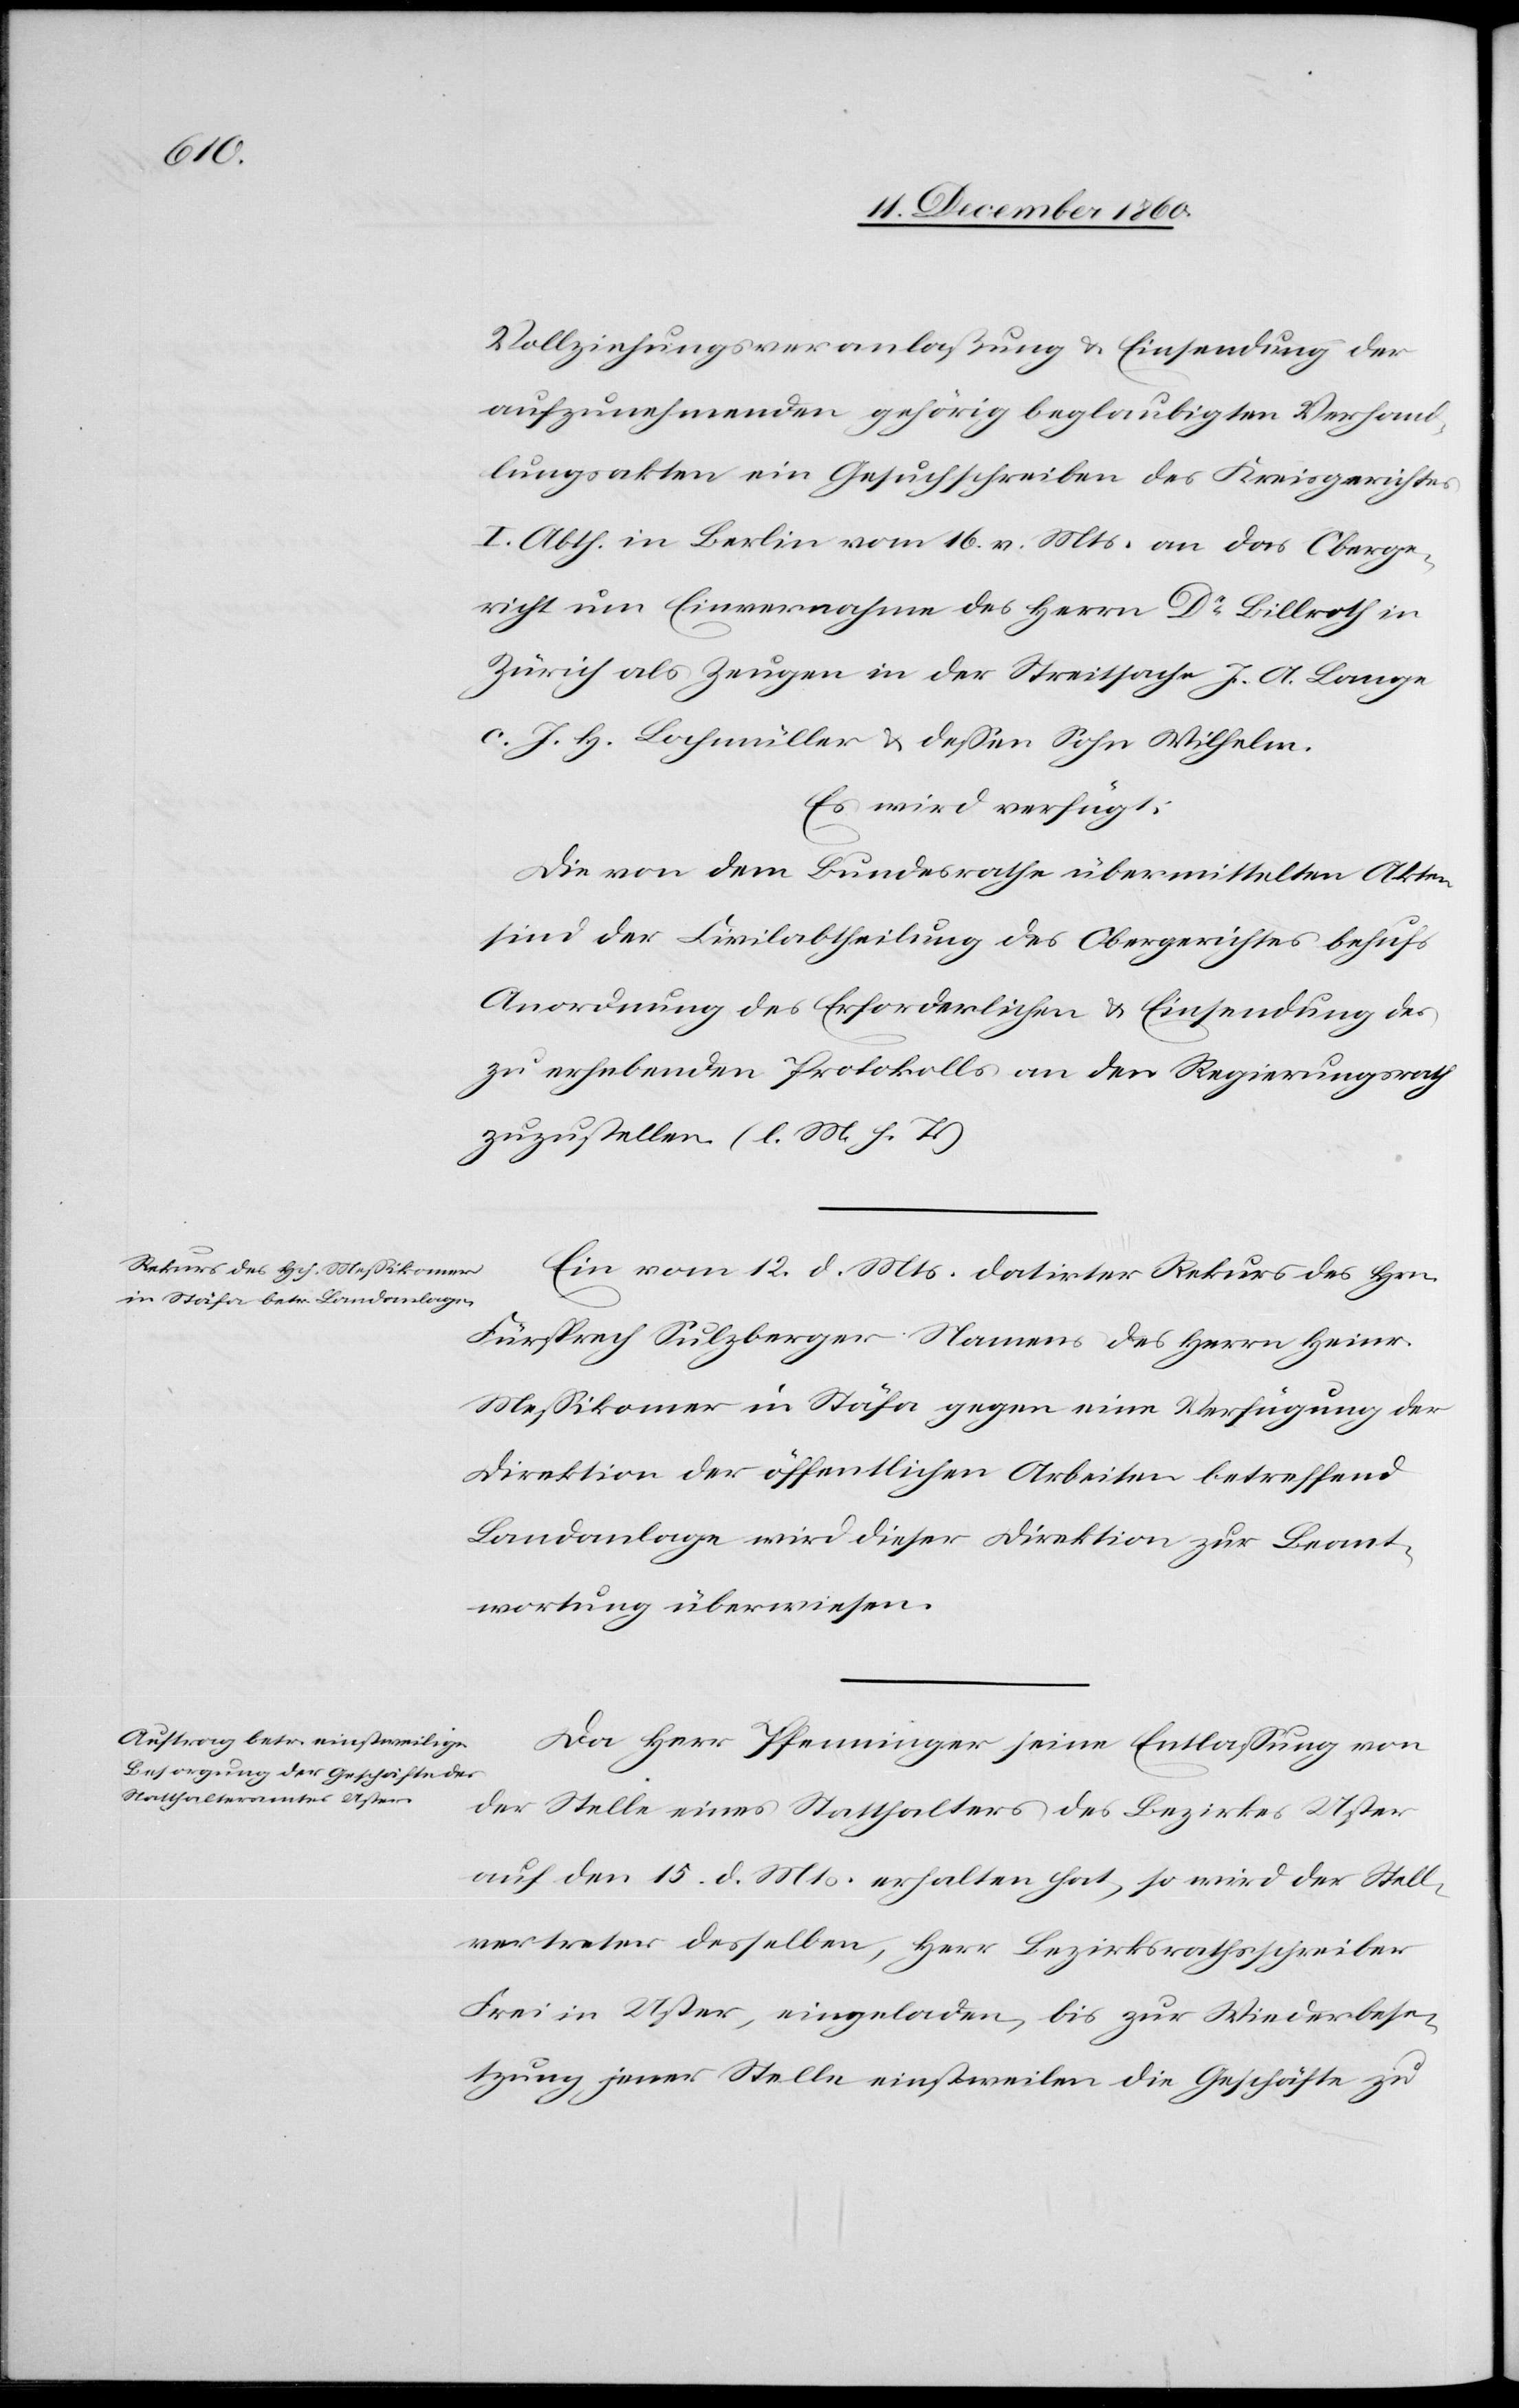
13. December 1860.]
Vollziehungsveranlaßung u. Einsendung der
aufzunehmenden gehörig beglaubigten Verhand¬
lungsakten ein Gesuchschreiben des Kreisgerichtes
I. Abth. in Berlin vom 16. v. Mts. an das Oberge¬
richt um Einvernahme des Herrn Dr Billroth in
Zürich als Zeugen in der Streitsache J. A. Lange
c. J. H. Bachmüller u. dessen Sohn Wilhelm.
Es wird verfügt:
Die von dem Bundesrathe übermittelten Akten
sind der Civilabtheilung des Obergerichtes behufs
Anordnung des Erforderlichen u. Einsendung des
zu erhebenden Protokolls an den Regierungsrath
zuzustellen. (l. M. H. T.)
Ein vom 12. d. Mts. datirter Rekurs des Hrn.
Fürsprech Sulzberger Namens des Herrn Heinr.
Messikomer in Stäfa gegen eine Verfügung der
Direktion der öffentlichen Arbeiten betreffend
Landanlage wird dieser Direktion zur Beant¬
wortung überwiesen.
Da Herr Pfenninger seine Entlassung von
der Stelle eines Statthalters des Bezirkes Uster
auf den 15. d. Mts. erhalten hat, so wird der Stell¬
vertreter desselben, Herr Bezirksrathsschreiber
Frei in Uster, eingeladen, bis zur Wiederbese¬
tzung jener Stelle einstweilen die Geschäfte zu